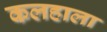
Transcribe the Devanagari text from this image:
कलहाला